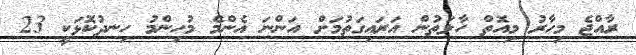
ރާއްޖެ މިހާރު މިއޮތް ހާލަތުން އަރައިގަތުމަށް އަންނަ އެންމެ މުހިންމު ހިނދުކޮޅަކީ 23